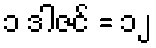
၁ ဒါဇင် = ၁၂